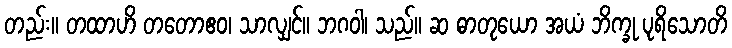
တည်း။ တထာဟိ တတောဧဝ၊ သာလျှင်။ ဘဂဝါ၊ သည်။ ဆ ဓာတုယော အယံ ဘိက္ခု ပုရိသောတိ